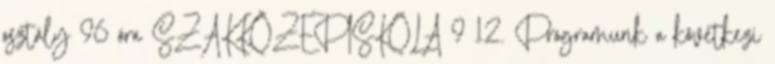
osztály 96 óra SZAKKÖZÉPISKOLA 9 12. Programunk a következı